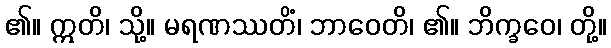
၏။ ဣတိ၊ သို့။ မရဏဿတိံ၊ ဘာဝေတိ၊ ၏။ ဘိက္ခဝေ၊ တို့။